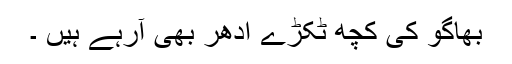
بھاگو کی کچھ ٹکڑے ادھر بھی آرہے ہیں ۔